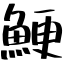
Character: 鯁